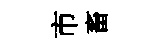
市畜